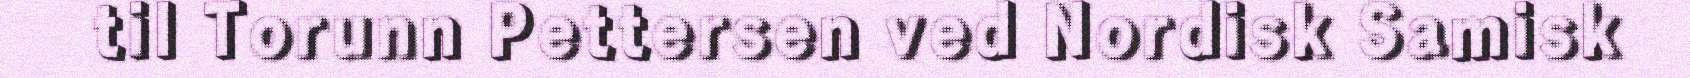
til Torunn Pettersen ved Nordisk Samisk